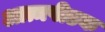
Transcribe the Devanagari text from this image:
आत्मपीडक